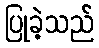
ပြုခဲ့သည်